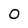
Character: 0